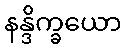
နန္ဒိက္ခယော